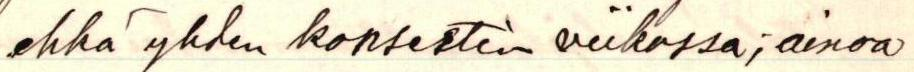
ehkä yhden konsertin viikossa, ainoa